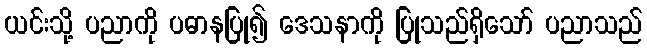
ယင်းသို့ ပညာကို ပဓာနပြု၍ ဒေသနာကို ပြုသည်ရှိသော် ပညာသည်